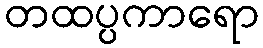
တထပ္ပကာရော